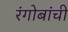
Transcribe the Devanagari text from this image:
रंगोबांची